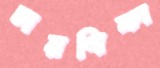
চারণিকা